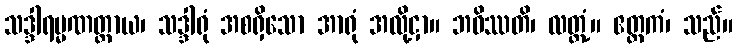
သဒ္ဒါရမ္မဏတ္ထာယ၊ သဒ္ဒါရုံ အစရှိသော အာရုံ အလို့ငှာ။ ဘဝိဿတိ၊ လတ္တံ့။ ဧတ္တကံ၊ သည်။